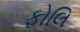
ફોલિ